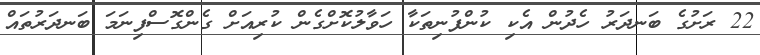
22 ރަށުގެ ބަނދަރު ހެދުން އެކި ކުންފުނިތަކާ ހަވާލުކޮށްގެން ކުރިއަށް ގެންގޮސްފިނަމަ ބަނދަރުތައް